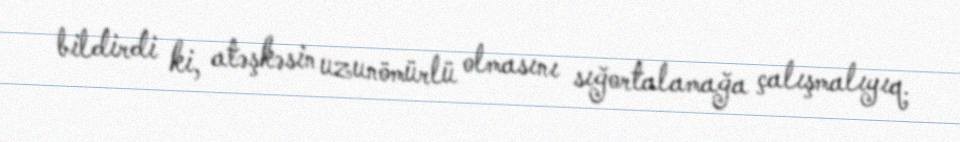
bildirdi ki, atəşkəsin uzunömürlü olmasını sığortalamağa çalışmalıyıq.